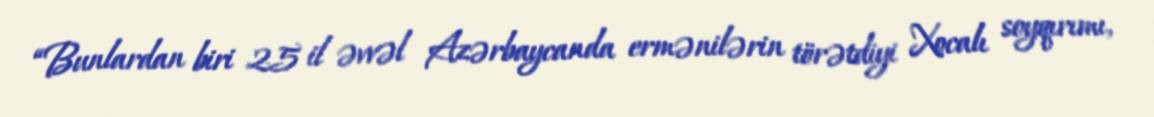
“Bunlardan biri 25 il əvvəl Azərbaycanda ermənilərin törətdiyi Xocalı soyqırımı,